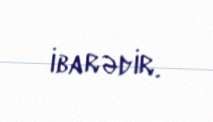
ibarədir.